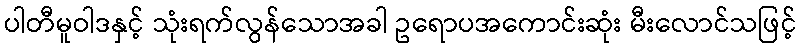
ပါတီမူဝါဒနှင့် သုံးရက်လွန်သောအခါ ဥရောပအကောင်းဆုံး မီးလောင်သဖြင့်